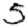
Digit: 5